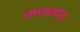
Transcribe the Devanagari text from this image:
मनसोरी